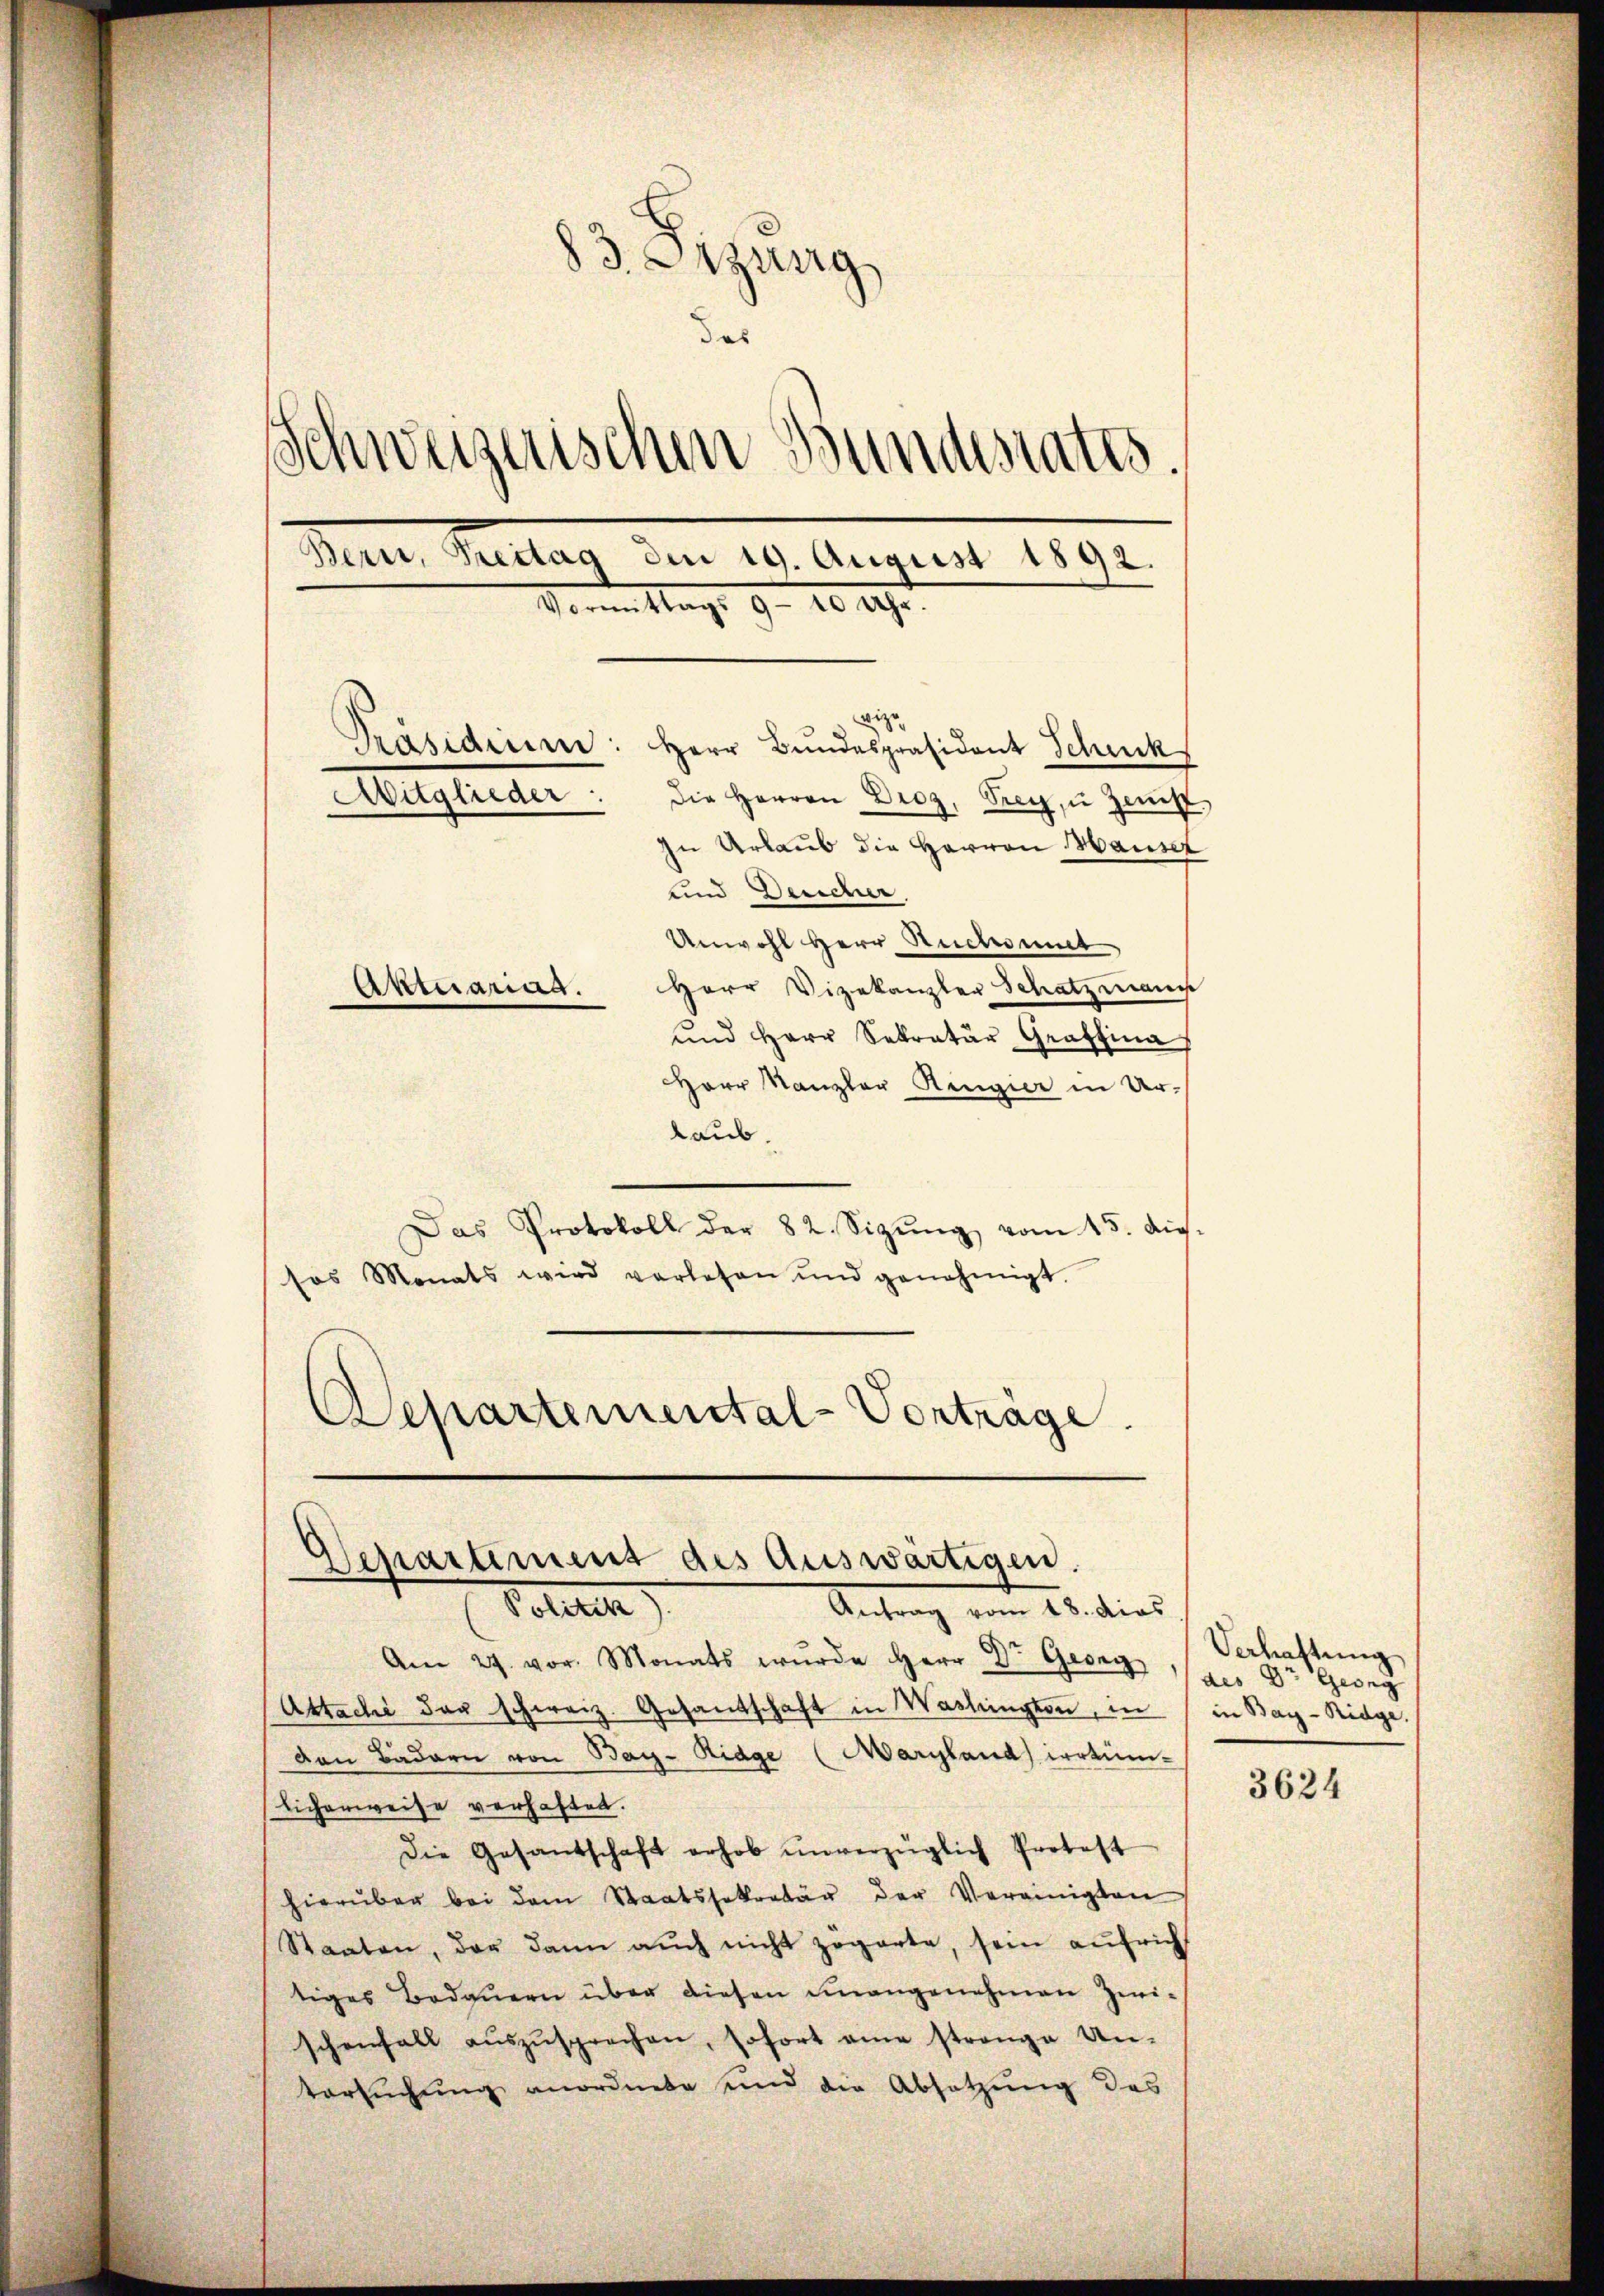
83. Etzung
das
Schweizerischen Bundesrates.
Bern, Brettag den 19. August 1892.
Denen Mag. 9. 10. 190
wize
Präsidium: Herr Bundespräsident Schick
Mitglieder.
die Herren Droz, Frey, u Zeit
n Urlaub die Herren Hauser
und Deucher,
Unwohl Herr Ruchmit
Herr Vizekanzler Schatzmann
Aktuariat.
und Herr Sekratur Graffina

Herr Kanzler Ringier in Ur-
laub.
Das Protokoll der 82. Sizŭng vom 15. dies.
sos Monats wird vorlesen und genehmigt.
Departemental-Vorträge.

Departement des Auswärtigen.

Polten
Am 27. vor. Monats wŭrde Herr Dr. Georg
Attachi dan schweiz. Gesandschaft in Waslington, in
Den Bädern von Bay-Riage (Maryland irrtüm-
Eicherweise verhaftet.
Die Gesandschaft erhob ŭnverzüglich Protest
hierüber bei dem Staatssekretär der Vereinigten
Staaten, der dann aŭch nicht zogarte, sein aŭfrich
tiges Bedauern über diesen unangenehmen Zwischenfall aŭszŭsprochen, sofort eine strenge Un-
Versuchung anordnete und die Absatzung des

Antrag vom 18. dies

Verhaftung
des Dr. Georg
in Bay-Ridge

3624